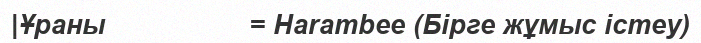
|Ұраны                  = Harambee (Бірге жұмыс істеу)